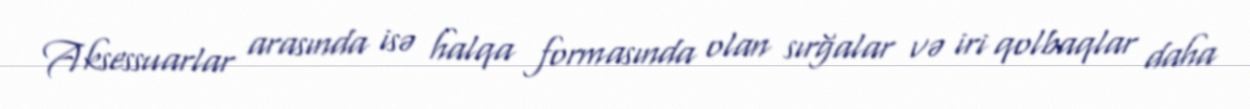
Aksessuarlar arasında isə halqa formasında olan sırğalar və iri qolbaqlar daha